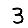
Digit: 3